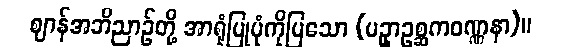
ဈာန်အဘိညာဉ်တို့ အာရုံပြုပုံကိုပြသော (ပဥှာဥစ္ဆကဝဏ္ဏနာ)။